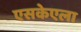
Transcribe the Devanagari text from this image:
एसकेएला